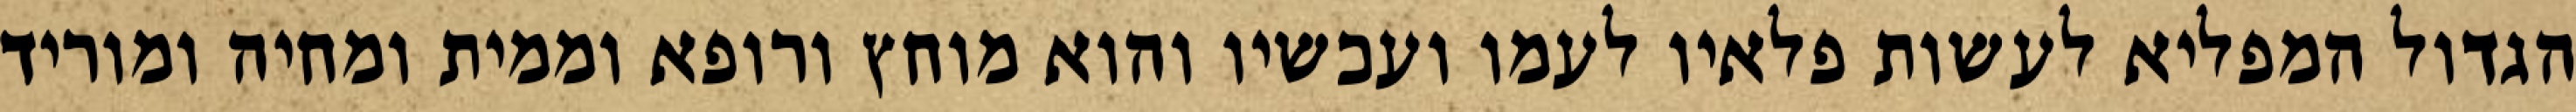
הגדול המפליא לעשות פלאיו לעמו ועכשיו והוא מוחץ ורופא וממית ומחיה ומוריד